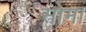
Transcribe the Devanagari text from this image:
सोम।